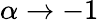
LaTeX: \alpha\to-1